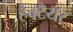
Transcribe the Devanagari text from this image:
हैक्टैयर